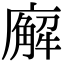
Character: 廨